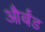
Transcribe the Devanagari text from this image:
और्बंड